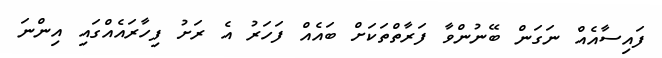
ފައިސާއެއް ނަގަން ބޭނުންވާ ފަރާތްތަކަށް ބައެއް ފަހަރު އެ ރަށު ފިހާރައެއްގައި އިންނަ